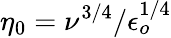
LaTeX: \eta_{0}=\nu^{3/4}/\epsilon_{o}^{1/4}